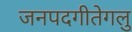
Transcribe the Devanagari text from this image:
जनपदगीतेगलु